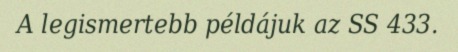
A legismertebb példájuk az SS 433.